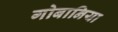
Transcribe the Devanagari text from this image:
गोबानिया